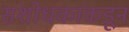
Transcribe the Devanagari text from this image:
संशोधकांकडून